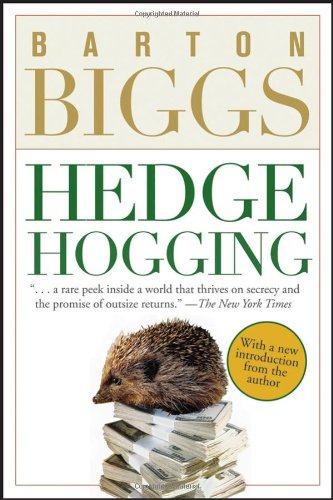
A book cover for Hedgehogging; Barton Biggs; Business & Money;